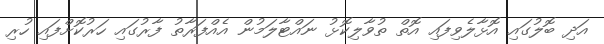
އަދި ބޮލުގައި އޮޅާލެވިފައި އޮތް ތުވާލިކޮޅު ނައްޓާލަމުން އެއްފަރާތު ފާރުގައި ހަރުކޮށްފައި ހުރި